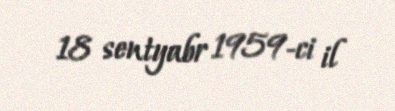
18 sentyabr 1959-ci il